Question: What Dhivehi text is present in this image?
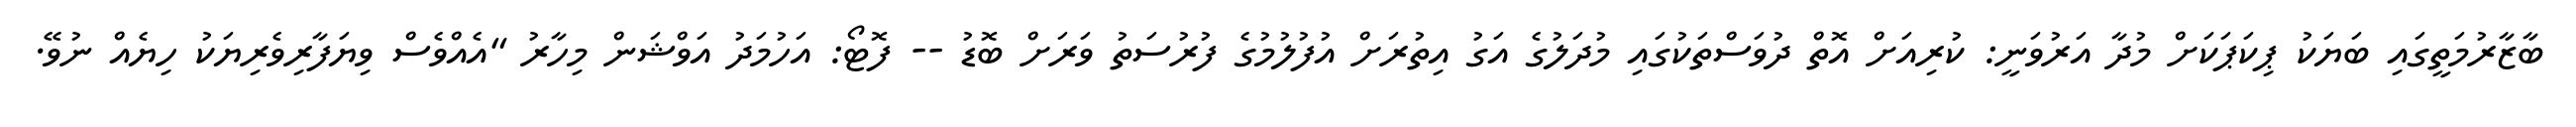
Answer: ބާޒާރުމަތީގައި ބަޔަކު ޕިކަޕަކަށް މުދާ އަރުވަނީ: ކުރިއަށް އޮތް ދުވަސްތަކުގައި މުދަލުގެ އަގު އިތުރަށް އުފުލުމުގެ ފުރުސަތު ވަރަށް ބޮޑު -- ފޮޓޯ: އަހުމަދު އަވްޝަން މިހާރު "އެއްވެސް ވިޔަފާރިވެރިޔަކު ހިޔެއް ނުވޭ.